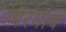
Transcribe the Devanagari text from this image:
विरगाव